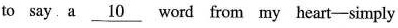
to say. a \underline_{l0} word from my heart-simply